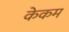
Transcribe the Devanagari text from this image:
केकम